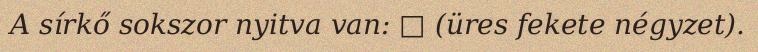
A sírkő sokszor nyitva van: □ (üres fekete négyzet).